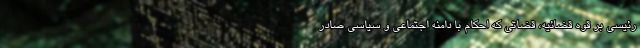
رئیسی بر قوه قضائیه، قضاتی که احکام با دامنه اجتماعی و سیاسی صادر